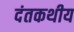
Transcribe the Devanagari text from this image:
दंतकथीय